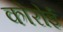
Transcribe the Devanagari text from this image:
कोरोई